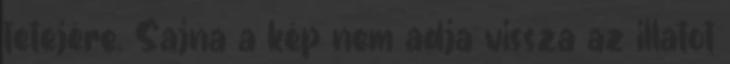
tetejére. Sajna a kép nem adja vissza az illatot